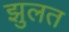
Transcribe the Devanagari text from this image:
झुलत